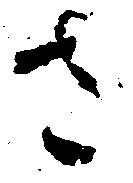
さ